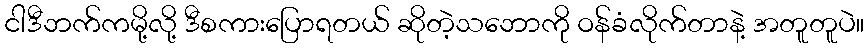
ငါဒီဘက်ကမို့လို့ ဒီစကားပြောရတယ် ဆိုတဲ့သဘောကို ဝန်ခံလိုက်တာနဲ့ အတူတူပဲ။